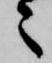
々